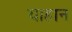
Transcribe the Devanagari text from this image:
याहान